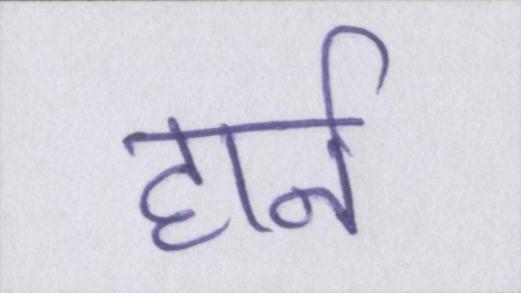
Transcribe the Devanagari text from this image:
हार्न